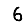
Digit: 6